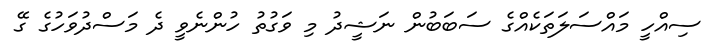
ސިއްހީ މައްސަލަތަކެއްގެ ސަބަބުން ނަޝީދު މި ވަގުތު ހުންނެވީ ދެ މަސްދުވަހުގެ ގޭ